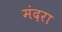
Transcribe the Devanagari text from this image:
मंदरा